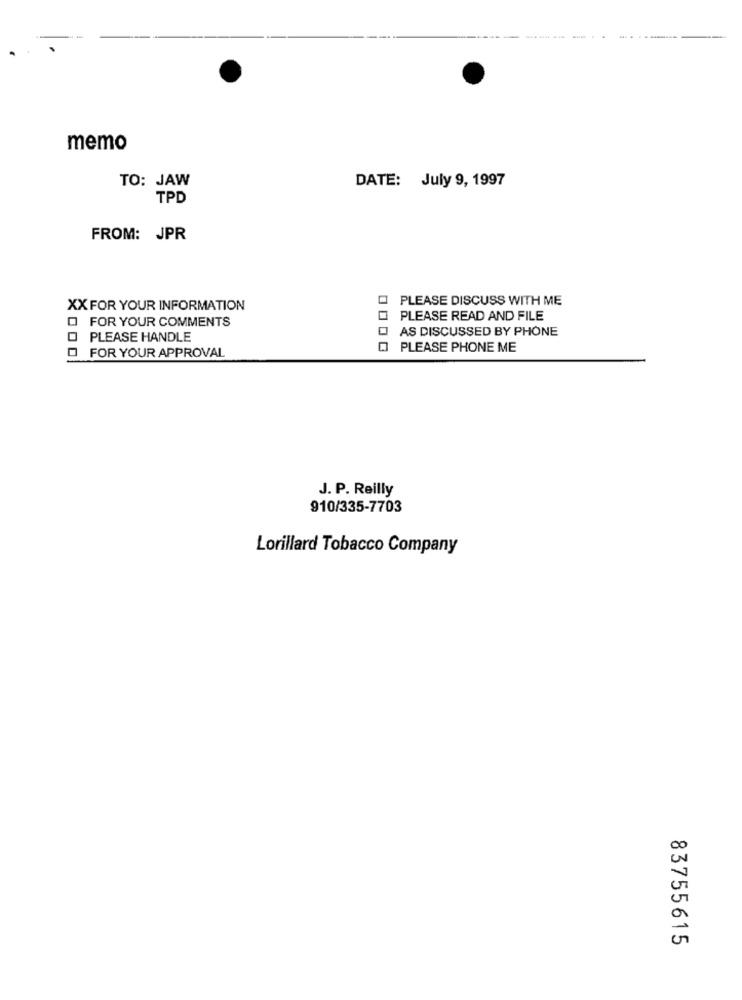
memo
TO: JAW
DATE: July 9, 1997
TPD
FROM: JPR
PLEASE DISCUSS WITH ME
XX FOR YOUR INFORMATION
O FOR YOUR COMMENTS
PLEASE READ AND FILE
AS DISCUSSED BY PHONE
O PLEASE HANDLE
PLEASE PHONE ME
O FOR YOUR APPROVAL
J. P. Reilly
910/335-7703
Lorillard Tobacco Company
83755615